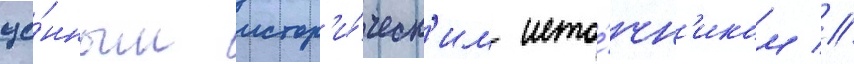
це́нным истор'и́ческ'им исто́чн'иком //